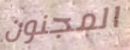
المجنون